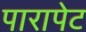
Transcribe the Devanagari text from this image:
पारापेट